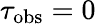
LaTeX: \tau_{\mathrm{obs}}=0